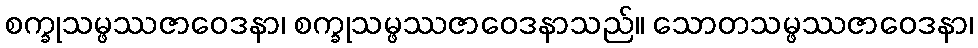
စက္ခုသမ္ဖဿဇာဝေဒနာ၊ စက္ခုသမ္ဖဿဇာဝေဒနာသည်။ သောတသမ္ဖဿဇာဝေဒနာ၊